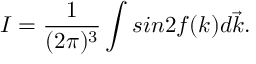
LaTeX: I = \frac { 1 } { ( 2 \pi ) ^ { 3 } } \int s i n 2 f ( k ) d \vec { k } .